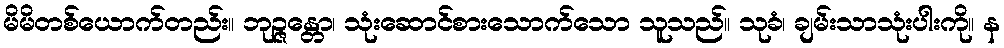
မိမိတစ်ယောက်တည်း။ ဘုဉ္ဇန္တော၊ သုံးဆောင်စားသောက်သော သူသည်။ သုခံ၊ ချမ်းသာသုံးပါးကို။ န